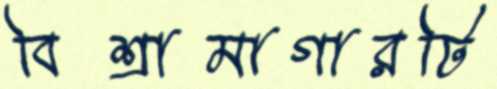
বিশ্রামাগারটি